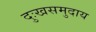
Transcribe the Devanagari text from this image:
दुःखसमुदाय